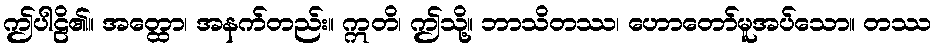
ဤပါဠိ၏။ အတ္ထော၊ အနက်တည်း။ ဣတိ၊ ဤသို့။ ဘာသိတဿ၊ ဟောတော်မူအပ်သော။ တဿ